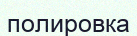
полировка